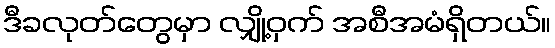
ဒီခလုတ်တွေမှာ လျှို့ဝှက် အစီအမံရှိတယ်။